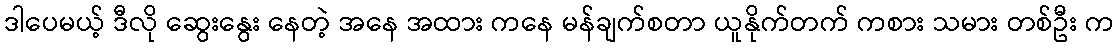
ဒါပေမယ့် ဒီလို ဆွေးနွေး နေတဲ့ အနေ အထား ကနေ မန်ချက်စတာ ယူနိုက်တက် ကစား သမား တစ်ဦး က